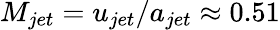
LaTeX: M_{jet}=u_{jet}/a_{jet}\approx 0.51